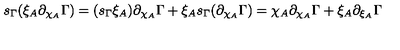
s _ { \Gamma } ( \xi _ { A } \partial _ { \chi _ { A } } \Gamma ) = ( s _ { \Gamma } \xi _ { A } ) \partial _ { \chi _ { A } } \Gamma + \xi _ { A } s _ { \Gamma } ( \partial _ { \chi _ { A } } \Gamma ) = \chi _ { A } \partial _ { \chi _ { A } } \Gamma + \xi _ { A } \partial _ { \xi _ { A } } \Gamma